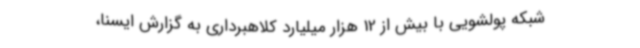
شبکه پولشویی با بیش از 12 هزار میلیارد کلاهبرداری به گزارش ایسنا،